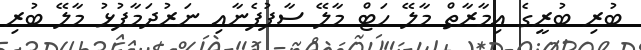
ބުރި ބުރީގެ އިމާރާތް މާލޭ ހަޓް މާލޭ ސާފުފެނާއި ނަރުދަމާފުޅު މާލޭ ބުރި